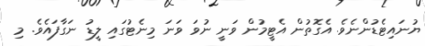
ޔުނައިޓެޑުންނެވެ. އެގޮތުން އެޓީމުން ވަނީ ނުވަ ވަނަ މިނެޓުގައި ލީޑު ނަގާފައެވެ. މި